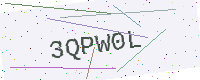
Text: 3QPW0L